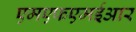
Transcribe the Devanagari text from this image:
एमएफएमईआर